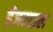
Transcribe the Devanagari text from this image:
ईजराइल